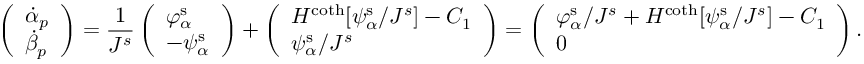
\left( \begin{array} { l } { \dot { \alpha } _ { p } } \\ { \dot { \beta } _ { p } } \end{array} \right) = \frac { 1 } { J ^ { s } } \left( \begin{array} { l } { \varphi _ { \alpha } ^ { \mathrm { s } } } \\ { - \psi _ { \alpha } ^ { \mathrm { s } } } \end{array} \right) + \left( \begin{array} { l } { H ^ { \coth } [ \psi _ { \alpha } ^ { \mathrm { s } } / J ^ { s } ] - C _ { 1 } } \\ { \psi _ { \alpha } ^ { \mathrm { s } } / J ^ { s } } \end{array} \right) = \left( \begin{array} { l } { \varphi _ { \alpha } ^ { \mathrm { s } } / J ^ { s } + H ^ { \coth } [ \psi _ { \alpha } ^ { \mathrm { s } } / J ^ { s } ] - C _ { 1 } } \\ { 0 } \end{array} \right) .